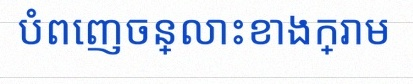
បំពេញចន្លោះខាងក្រោម